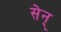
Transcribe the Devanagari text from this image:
सेन्‌